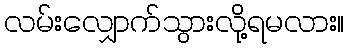
လမ်းလျှောက်သွားလို့ရမလား။